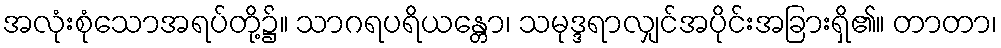
အလုံးစုံသောအရပ်တို့၌။ သာဂရပရိယန္တော၊ သမုဒ္ဒရာလျှင်အပိုင်းအခြားရှိ၏။ တာတာ၊